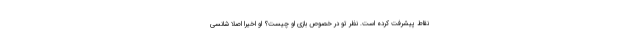
نقاط پیشرفت کرده است. نظر تو در خصوص بازی او چیست؟ او اخیرا اصلا شانسی